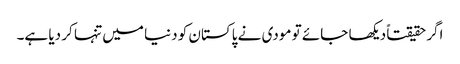
اگرحقیقتاً دیکھا جائے تو مودی نے پاکستان کو دنیا میں تنہا کر دیا ہے۔